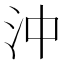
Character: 沖